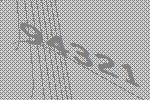
94321